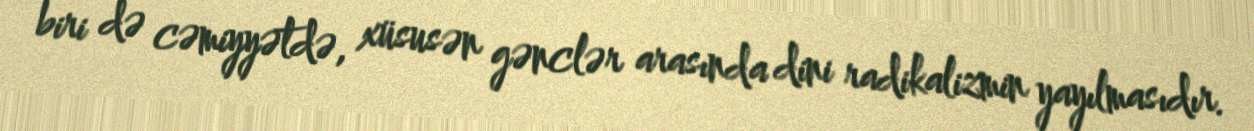
biri də cəmiyyətdə, xüsusən gənclər arasında dini radikalizmin yayılmasıdır.